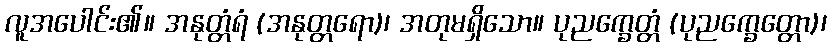
လူအပေါင်း၏။ အနုတ္တံရံ (အနုတ္တရော)၊ အတုမရှိသော။ ပုညက္ခေတ္တံ (ပုညက္ခေတ္တော)၊